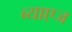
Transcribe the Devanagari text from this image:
ब्याएज